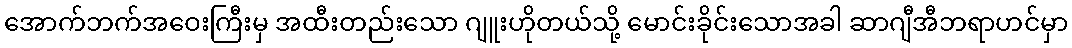
အောက်ဘက်အဝေးကြီးမှ အထီးတည်းသော ဂျူးဟိုတယ်သို့ မောင်းခိုင်းသောအခါ ဆာဂျီအီဘရာဟင်မှာ